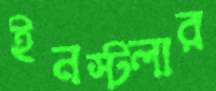
ইনস্টলার